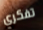
تفكري